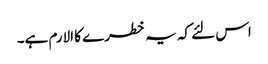
اس لئے کہ یہ خطرے کا الارم ہے۔